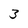
Character: 3